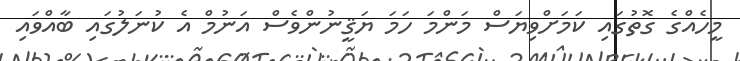
މީހެއްގެ ގޮތުގައި ކަމަށްވިޔަސް މަންމަ ހަމަ ޔަޤީނުންވެސް އަނުމް އެ ކުނަލުގައި ބާއްވައި